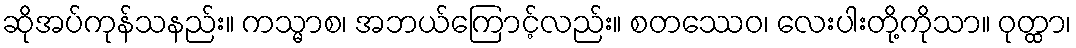
ဆိုအပ်ကုန်သနည်း။ ကသ္မာစ၊ အဘယ်ကြောင့်လည်း။ စတဿေဝ၊ လေးပါးတို့ကိုသာ။ ဝုတ္ထာ၊